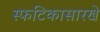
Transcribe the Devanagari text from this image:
स्फटिकासारखे